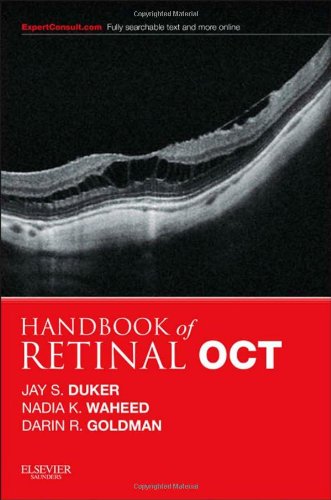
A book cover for Handbook of Retinal OCT: Optical Coherence Tomography, 1e; Jay S. Duker MD; Medical Books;